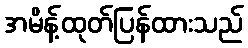
အမိန့်ထုတ်ပြန်ထားသည်